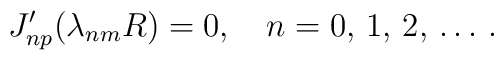
J'_{np}(\lambda_{nm}R)=0, \quad n=0,\,1,\,2,\, \ldots \,{.}